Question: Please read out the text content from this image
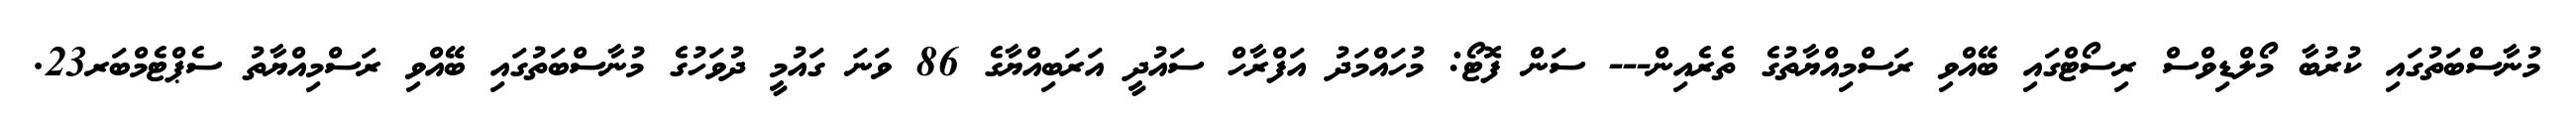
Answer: މުނާސްބަތުގައި ކުރުބާ މޯލްޑިވްސް ރިސޯޓްގައި ބޭއްވި ރަސްމިއްޔާތުގެ ތެރެއިން--- ސަން ފޮޓޯ: މުހައްމަދު އަފްރާހް ސައުދީ އަރަބިއްޔާގެ 86 ވަނަ ގައުމީ ދުވަހުގެ މުނާސްބަތުގައި ބޭއްވި ރަސްމިއްޔާތު ސެޕްޓެމްބަރ23.